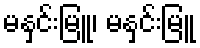
မနှင်းမြူ၊ မနှင်းမြူ